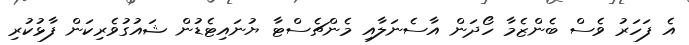
އެ ފަހަރު ވެސް ބެންޒެމާ ހޯދަން އާސެނަލާއި މެންޗެސްޓާ ޔުނައިޓެޑުން ޝައުގުވެރިކަން ފާޅުކުރި